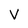
Character: V